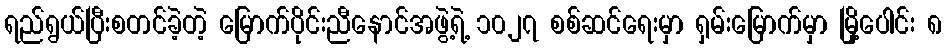
ရည်ရွယ်ပြီးစတင်ခဲ့တဲ့ မြောက်ပိုင်းညီနောင်အဖွဲ့ရဲ့ ၁၀၂၇ စစ်ဆင်ရေးမှာ ရှမ်းမြောက်မှာ မြို့ပေါင်း ၈